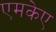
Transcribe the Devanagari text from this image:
एमकेए